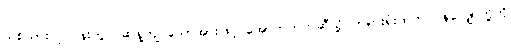
သစ်သားလုပ်ငန်းတွင် ဆန့်ကျင်သောအားဖြင့် အောက်ဘက်ဆီသို့ တရားရုံးထဲက ဂုန်လျှော်တို့ကို